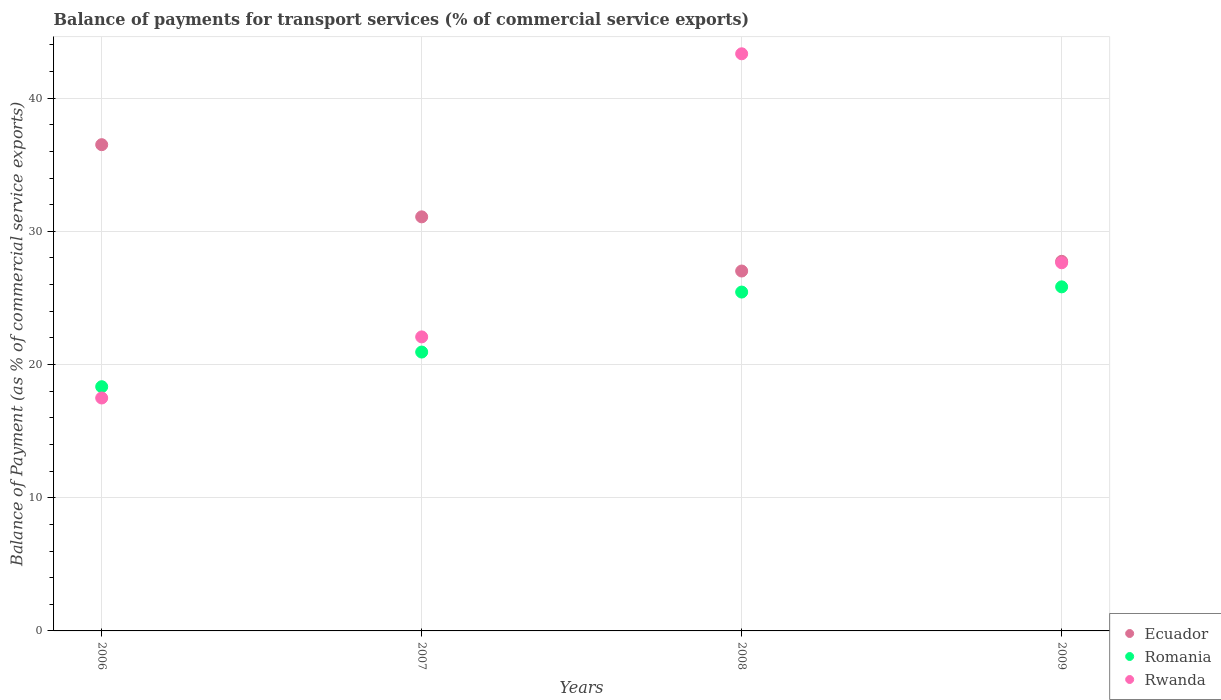
| Years | Ecuador | Romania | Rwanda |
 | --- | --- | --- | --- |
 | 2006 | 36.5 | 18.3 | 17.5 |
 | 2007 | 31.1 | 20.9 | 22.1 |
 | 2008 | 27 | 25.4 | 43.3 |
 | 2009 | 27.8 | 25.8 | 27.6 |